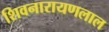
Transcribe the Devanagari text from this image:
शिवनारायणलाल